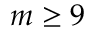
m \ge 9